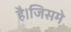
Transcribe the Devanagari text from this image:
है।जिसमे